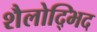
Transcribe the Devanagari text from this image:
शैलोद्भिद